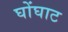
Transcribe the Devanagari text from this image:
घोंघाट